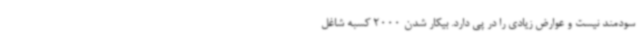
سودمند نیست و عوارض زیادی را در پی دارد. بیکار شدن 2000 کسبه شاغل